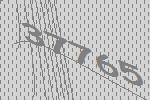
37765